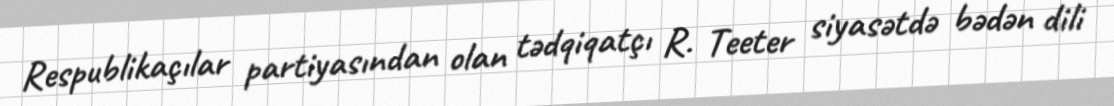
Respublikaçılar partiyasından olan tədqiqatçı R. Teeter siyasətdə bədən dili